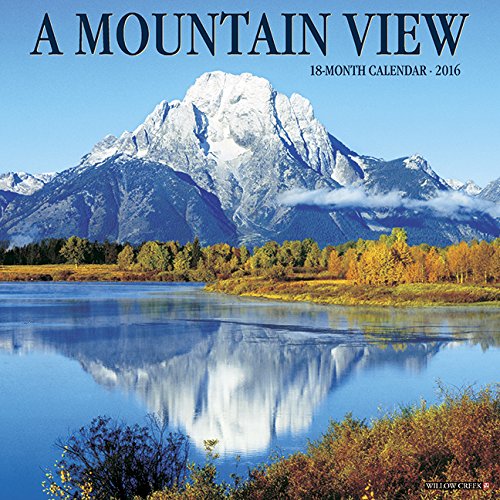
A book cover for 2016 Mountain View Wall Calendar; Willow Creek Press; Science & Math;